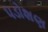
પડોશણ